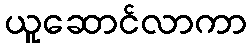
ယူဆောင်လာကာ